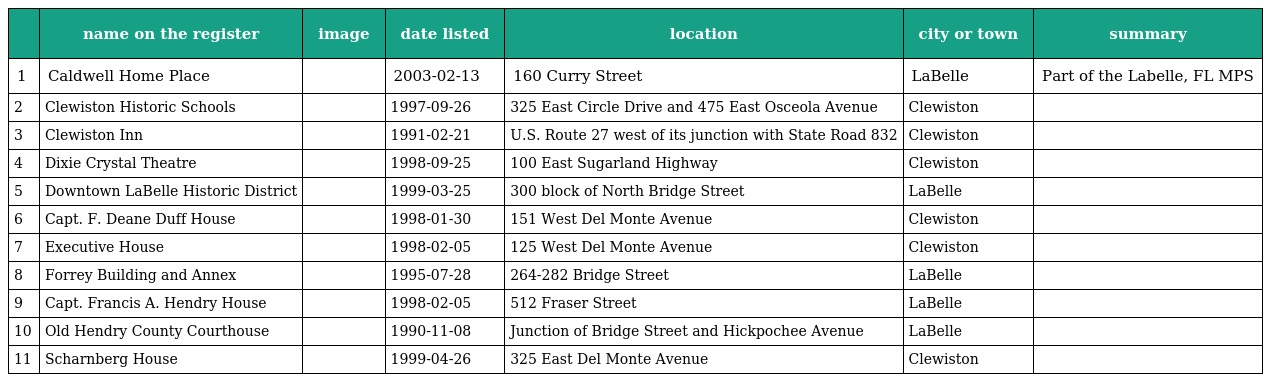
|  | name on the register | image | date listed | location | city or town | summary |
 | --- | --- | --- | --- | --- | --- | --- |
 | 1 | Caldwell Home Place |  | 2003-02-13 | 160 Curry Street | LaBelle | Part of the Labelle, FL MPS |
 | 2 | Clewiston Historic Schools |  | 1997-09-26 | 325 East Circle Drive and 475 East Osceola Avenue | Clewiston |  |
 | 3 | Clewiston Inn |  | 1991-02-21 | U.S. Route 27 west of its junction with State Road 832 | Clewiston |  |
 | 4 | Dixie Crystal Theatre |  | 1998-09-25 | 100 East Sugarland Highway | Clewiston |  |
 | 5 | Downtown LaBelle Historic District |  | 1999-03-25 | 300 block of North Bridge Street | LaBelle |  |
 | 6 | Capt. F. Deane Duff House |  | 1998-01-30 | 151 West Del Monte Avenue | Clewiston |  |
 | 7 | Executive House |  | 1998-02-05 | 125 West Del Monte Avenue | Clewiston |  |
 | 8 | Forrey Building and Annex |  | 1995-07-28 | 264-282 Bridge Street | LaBelle |  |
 | 9 | Capt. Francis A. Hendry House |  | 1998-02-05 | 512 Fraser Street | LaBelle |  |
 | 10 | Old Hendry County Courthouse |  | 1990-11-08 | Junction of Bridge Street and Hickpochee Avenue | LaBelle |  |
 | 11 | Scharnberg House |  | 1999-04-26 | 325 East Del Monte Avenue | Clewiston |  |